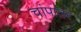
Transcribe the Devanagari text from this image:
चांपातर